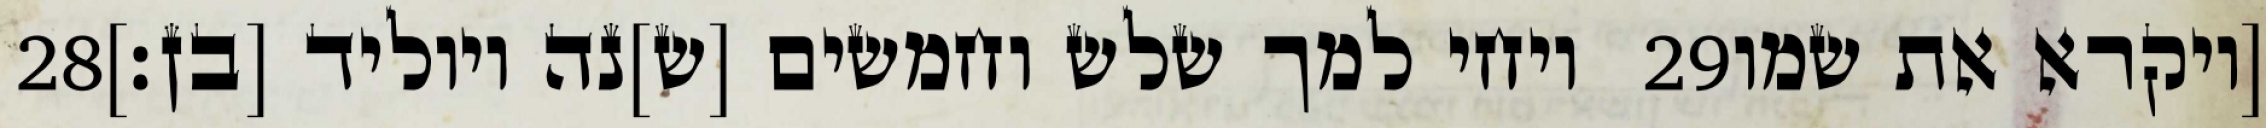
‎28‏ ויחי למך שלש וחמשים [ש]נה ויוליד [בן׃] ‎29‏ [ויקרא את שמו